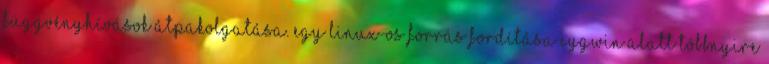
függvényhívások átpakolgatása. Egy Linux-os forrás fordítása cygwin alatt többnyire